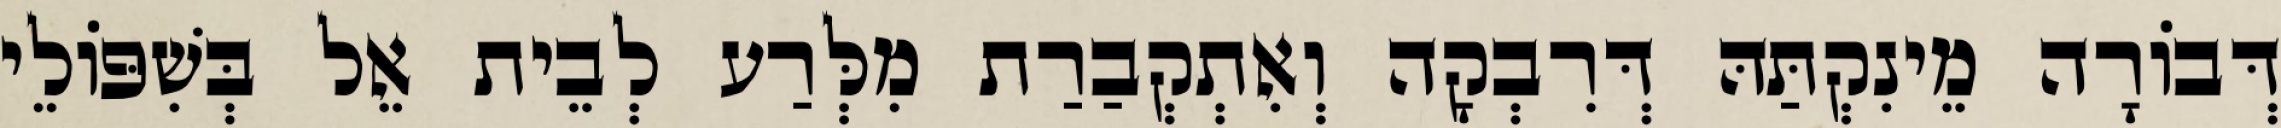
דְּבוֹרָה מֵינִקְתַּהּ דְּרִבְקָה וְאִתְקְבַרַת מִלְּרַע לְבֵית אֵל בְּשִׁפּוֹלֵי